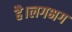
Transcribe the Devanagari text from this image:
है।लगभग